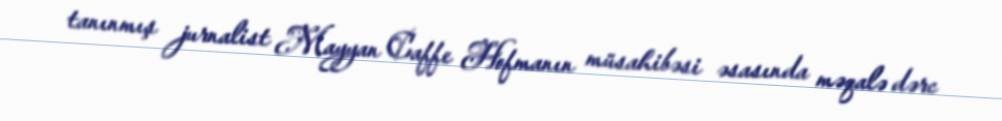
tanınmış jurnalist Mayyan Caffe Hofmanın müsahibəsi əsasında məqalə dərc